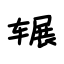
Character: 辗